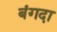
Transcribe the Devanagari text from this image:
बंगदा